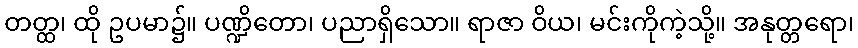
တတ္ထ၊ ထို ဥပမာ၌။ ပဏ္ဍိတော၊ ပညာရှိသော။ ရာဇာ ဝိယ၊ မင်းကိုကဲ့သို့။ အနုတ္တရော၊